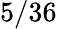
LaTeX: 5/36